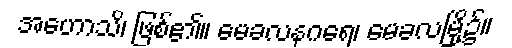
အဟောသိ၊ ဖြစ်၏။ မေခလနဂရေ၊ မေခလမြို့၌။